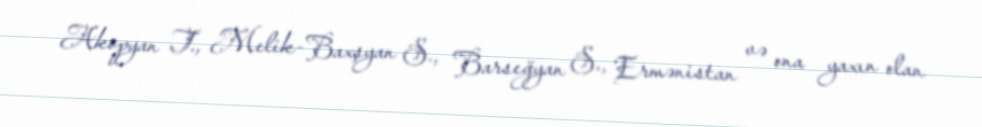
Akopyan T., Melik-Baxşyan S., Barseğyan S., Ermənistan və ona yaxın olan